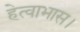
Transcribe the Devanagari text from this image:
हेत्वाभास।